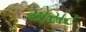
એસટ